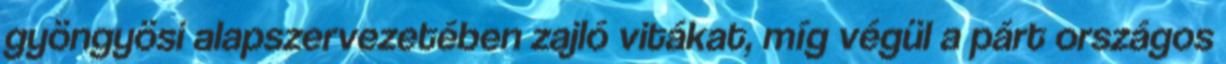
gyöngyösi alapszervezetében zajló vitákat, míg végül a párt országos